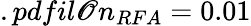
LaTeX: .pdfil\mathscr{O}n_{RFA}=0.01